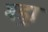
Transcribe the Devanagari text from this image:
बड्रा